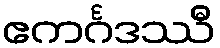
ဧကင်္ဂဒဿီ